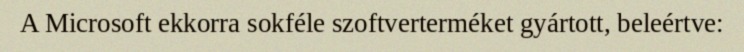
A Microsoft ekkorra sokféle szoftverterméket gyártott, beleértve: